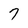
Character: 7